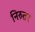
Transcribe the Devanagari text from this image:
निरुतर